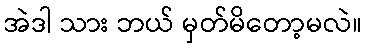
အဲဒါ သား ဘယ် မှတ်မိတော့မလဲ။